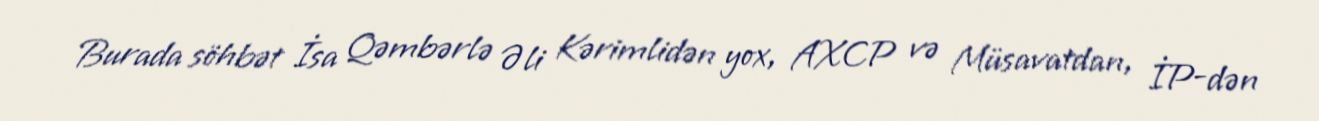
Burada söhbət İsa Qəmbərlə Əli Kərimlidən yox, AXCP və Müsavatdan, İP-dən